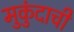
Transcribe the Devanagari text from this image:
मुकुंदाची